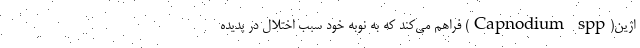
اژین(Capnodium spp) فراهم می‌کند که به نوبه خود سبب اختلال در پدیده